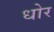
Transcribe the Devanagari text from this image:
धोर